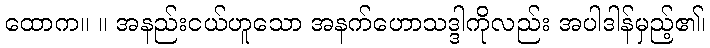
ထောက။ ။ အနည်းငယ်ဟူသော အနက်ဟောသဒ္ဒါကိုလည်း အပါဒါန်မှည့်၏၊